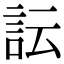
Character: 𧥼